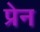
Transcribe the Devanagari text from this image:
प्रेन